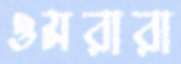
ওমরারা